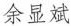
余显斌